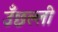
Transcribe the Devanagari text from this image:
उँछल्ली